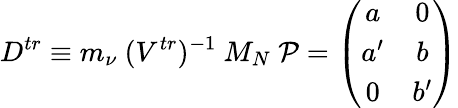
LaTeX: D^{tr}\equiv m_{\nu}\ (V^{tr})^{-1}\ M_{N}\ {\cal P}=\left(\begin{array}{cc}{{a}}&{{0}}\\ {{a^{\prime}}}&{{b}}\\ {{0}}&{{b^{\prime}}}\end{array}\right)